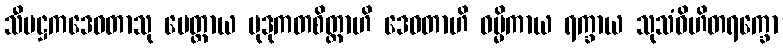
သီမဋ္ဌကဒေဝတာသု မေတ္တာယ မုဒုကတစိတ္တာဟိ ဒေဝတာဟိ ဓမ္မိကာယ ရက္ခာယ သုသံဝိဟိတရက္ခော